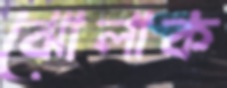
ঝোলাক